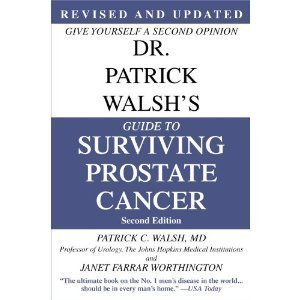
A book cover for Dr. Patrick Walsh's Guide to Surviving Prostate Cancer, Second Edition, Special Sales Edition; Patrick C. Walsh; Health, Fitness & Dieting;